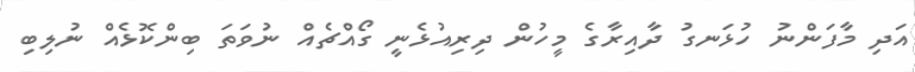
އަދި މާފަންނު ހުޅަނގު ދާއިރާގެ މީހުން ދިރިއުޅެނީ ގޯއްޗެއް ނުވަތަ ބިންކޮޅެއް ނުލިބި